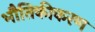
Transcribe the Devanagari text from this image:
भौतिकीकरण